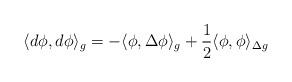
LaTeX: \begin{align*} \langle d\phi , d \phi \rangle_g = - \langle \phi , \Delta \phi \rangle_g + \frac{1}{2} \langle \phi , \phi \rangle_{\Delta g} \end{align*}